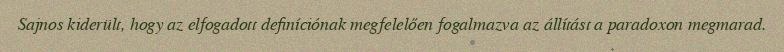
Sajnos kiderült, hogy az elfogadott definíciónak megfelelően fogalmazva az állítást a paradoxon megmarad.